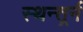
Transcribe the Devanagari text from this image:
स्थन्तर्र्न